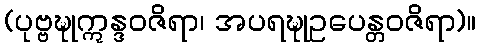
(ပုဗ္ဗဍ္ဎုဣန္ဒဝဇိရာ၊ အပရဍ္ဎုဥပေန္တဝဇိရာ)။